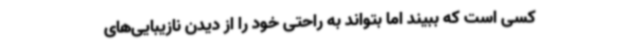
کسی است که ببیند اما بتواند به راحتی خود را از دیدن نازیبایی‌های